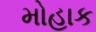
મોહાક